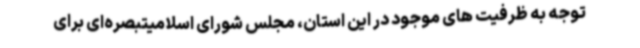
توجه به ظرفیت های موجود در این استان، مجلس شورای اسلامیتبصره‌ای برای